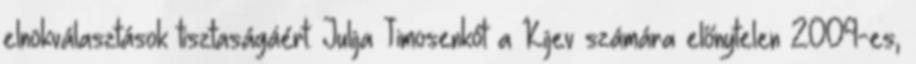
elnökválasztások tisztaságáért. Julija Timosenkót a Kijev számára előnytelen 2009-es,